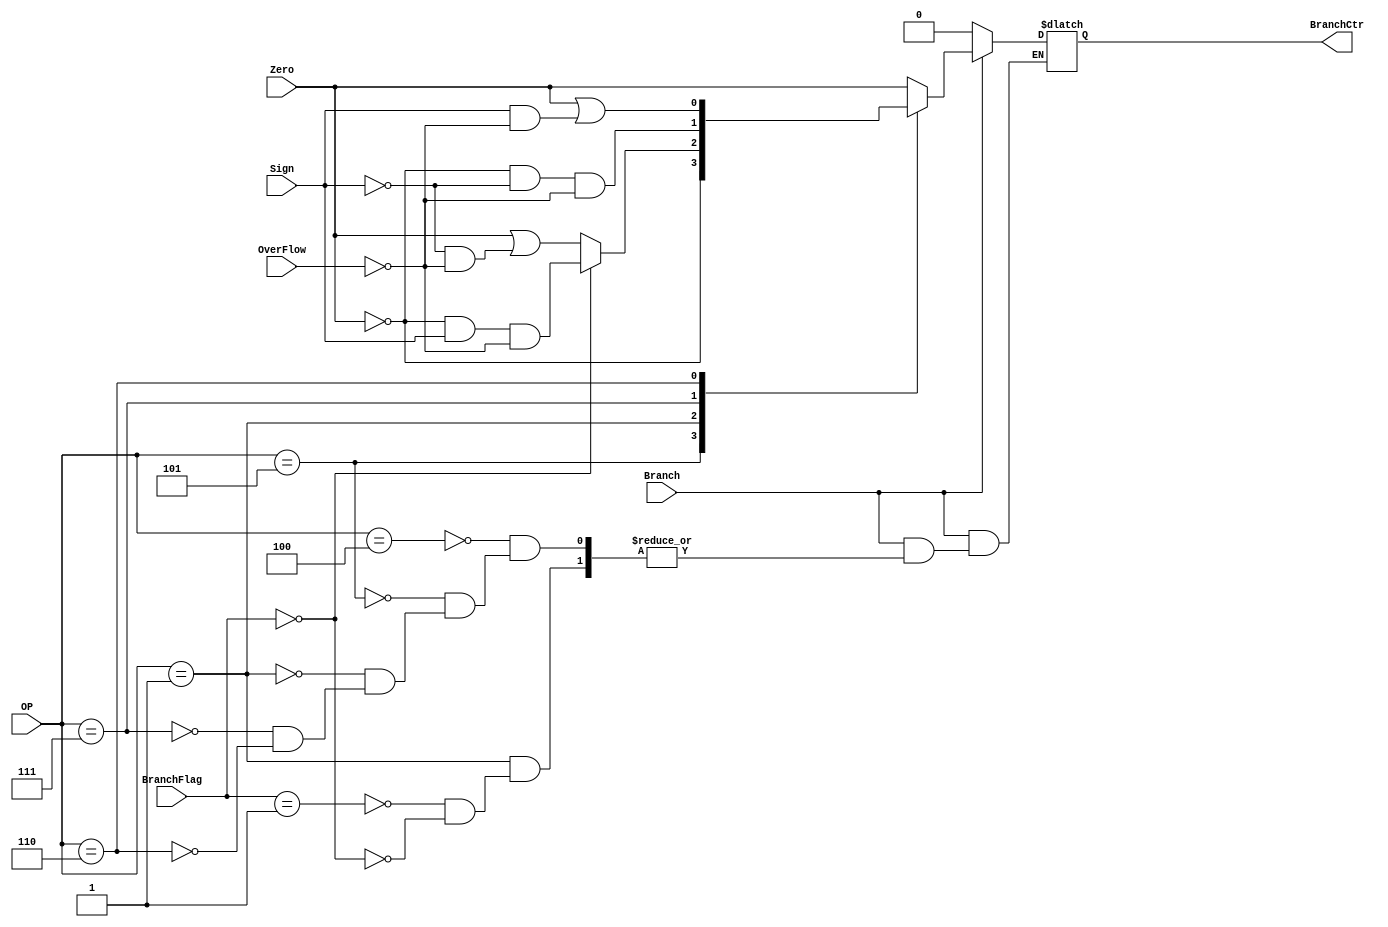
module Branch_Control_Unit_206(
    input Branch,            // 跳转信号
    input Zero,              // 零标志
    input Sign,              // 符号标志
    input OverFlow,          // 溢出标志
    input[6-1:0] OP,         // 指令OP域
    input[5-1:0] BranchFlag, // 跳转功能区分
    output BranchCtr);       // 跳转控制信号

    reg BranchCtr;
    
    always @(*) begin
        if(Branch == 1'b1)begin
            case (OP)
                6'b000100:begin // beq:branch a=b
                    BranchCtr <= Zero;
                end
                6'b000101:begin//  bne:branch a!=b
                    BranchCtr <= ~Zero;
                end
                6'b000001:begin 
                    case(BranchFlag)
                        5'b00001:begin // bgez:branch >=0
                            BranchCtr <= Zero || (~Sign && ~OverFlow);
                        end
                        5'b00000:begin // bltz:branch < 0
                            BranchCtr <= ~Zero && Sign && ~OverFlow;
                        end
                    endcase
                end
                6'b000111:begin // bgtz:branch >0
                    BranchCtr <= ~Zero && ~Sign && ~OverFlow;
                end
                6'b000110:begin // blez:branch <=0
                    BranchCtr = Zero || (Sign && ~OverFlow);
                end
                
            endcase
        end
        else begin
            BranchCtr <= 0;
        end
    end
endmodule